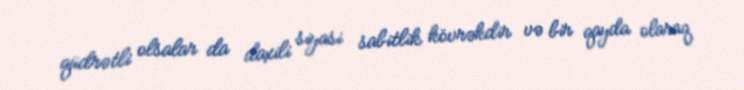
qüdrətli olsalar da daxili siyasi sabitlik kövrəkdir və bir qayda olaraq